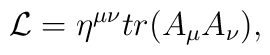
{\cal L} = \eta^{\mu\nu} tr (A_\mu A_\nu),